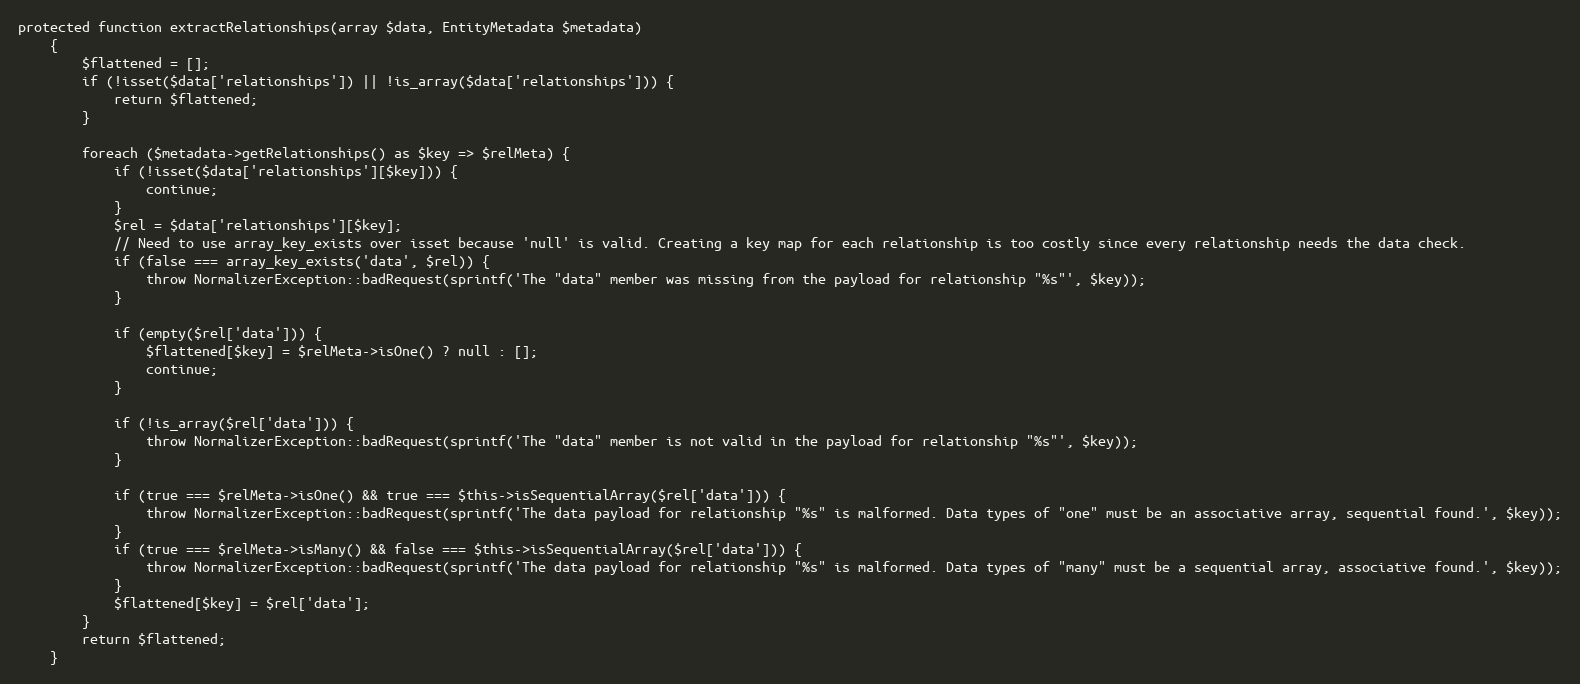
Language: PHP
protected function extractRelationships(array $data, EntityMetadata $metadata)
    {
        $flattened = [];
        if (!isset($data['relationships']) || !is_array($data['relationships'])) {
            return $flattened;
        }

        foreach ($metadata->getRelationships() as $key => $relMeta) {
            if (!isset($data['relationships'][$key])) {
                continue;
            }
            $rel = $data['relationships'][$key];
            // Need to use array_key_exists over isset because 'null' is valid. Creating a key map for each relationship is too costly since every relationship needs the data check.
            if (false === array_key_exists('data', $rel)) {
                throw NormalizerException::badRequest(sprintf('The "data" member was missing from the payload for relationship "%s"', $key));
            }

            if (empty($rel['data'])) {
                $flattened[$key] = $relMeta->isOne() ? null : [];
                continue;
            }

            if (!is_array($rel['data'])) {
                throw NormalizerException::badRequest(sprintf('The "data" member is not valid in the payload for relationship "%s"', $key));
            }

            if (true === $relMeta->isOne() && true === $this->isSequentialArray($rel['data'])) {
                throw NormalizerException::badRequest(sprintf('The data payload for relationship "%s" is malformed. Data types of "one" must be an associative array, sequential found.', $key));
            }
            if (true === $relMeta->isMany() && false === $this->isSequentialArray($rel['data'])) {
                throw NormalizerException::badRequest(sprintf('The data payload for relationship "%s" is malformed. Data types of "many" must be a sequential array, associative found.', $key));
            }
            $flattened[$key] = $rel['data'];
        }
        return $flattened;
    }